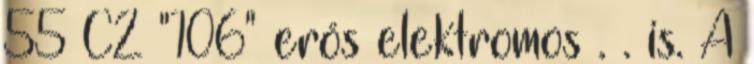
55 C2 "106" erős elektromos . . is. A